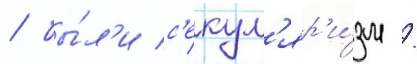
/ бы́л'и с'екул'яр'и́зм /